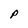
Character: P